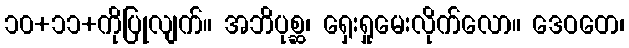
၁၀+၁၁+ကိုပြုလျက်။ အဘိပုစ္ဆ၊ ရှေးရှုမေးလိုက်လော။ ဒေဝတေ၊